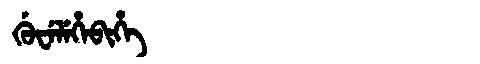
Manchu: ᡤᡠᠸᡝᠯᡝᡥᡝᠪᡳᡥᡝ
Romanization: GUWELEHEBIHE